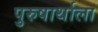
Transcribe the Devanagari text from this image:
पुरुषार्थाला